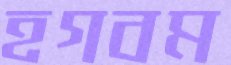
হগবম